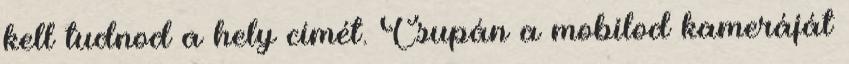
kell tudnod a hely címét. Csupán a mobilod kameráját